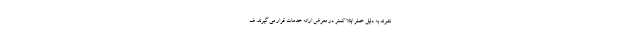
نشوند به دلیل خطر ابتلا کمتر در معرض ارائه خدمات قرار می گیرند. ف